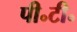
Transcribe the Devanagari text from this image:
पी॰टी॰